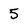
Character: 5